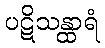
ပဋိသန္ထာရံ